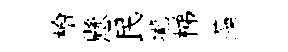
檜懸民壠梯藻